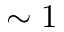
\sim 1